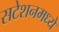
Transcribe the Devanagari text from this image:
सटेशनमध्ये